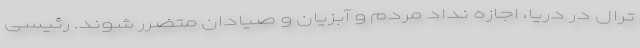
ترال در دریا، اجازه نداد مردم و آبزیان و صیادان متضرر شوند. رئیسی